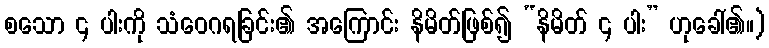
စသော ၄ ပါးကို သံဝေဂရခြင်း၏ အကြောင်း နိမိတ်ဖြစ်၍ “နိမိတ် ၄ ပါး” ဟုခေါ်၏။)